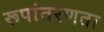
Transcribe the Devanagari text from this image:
रूपांतरणता